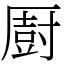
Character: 㕑